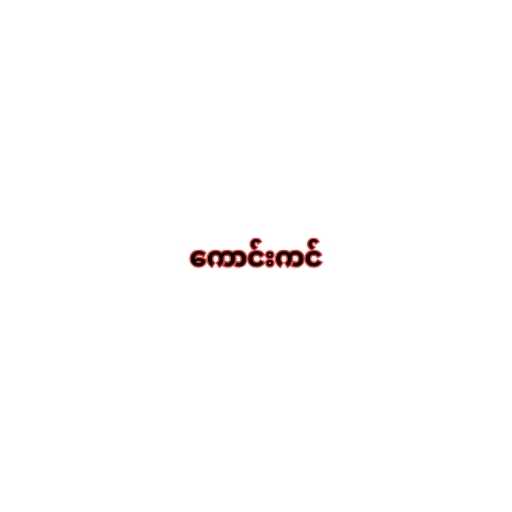
ကောင်းကင်